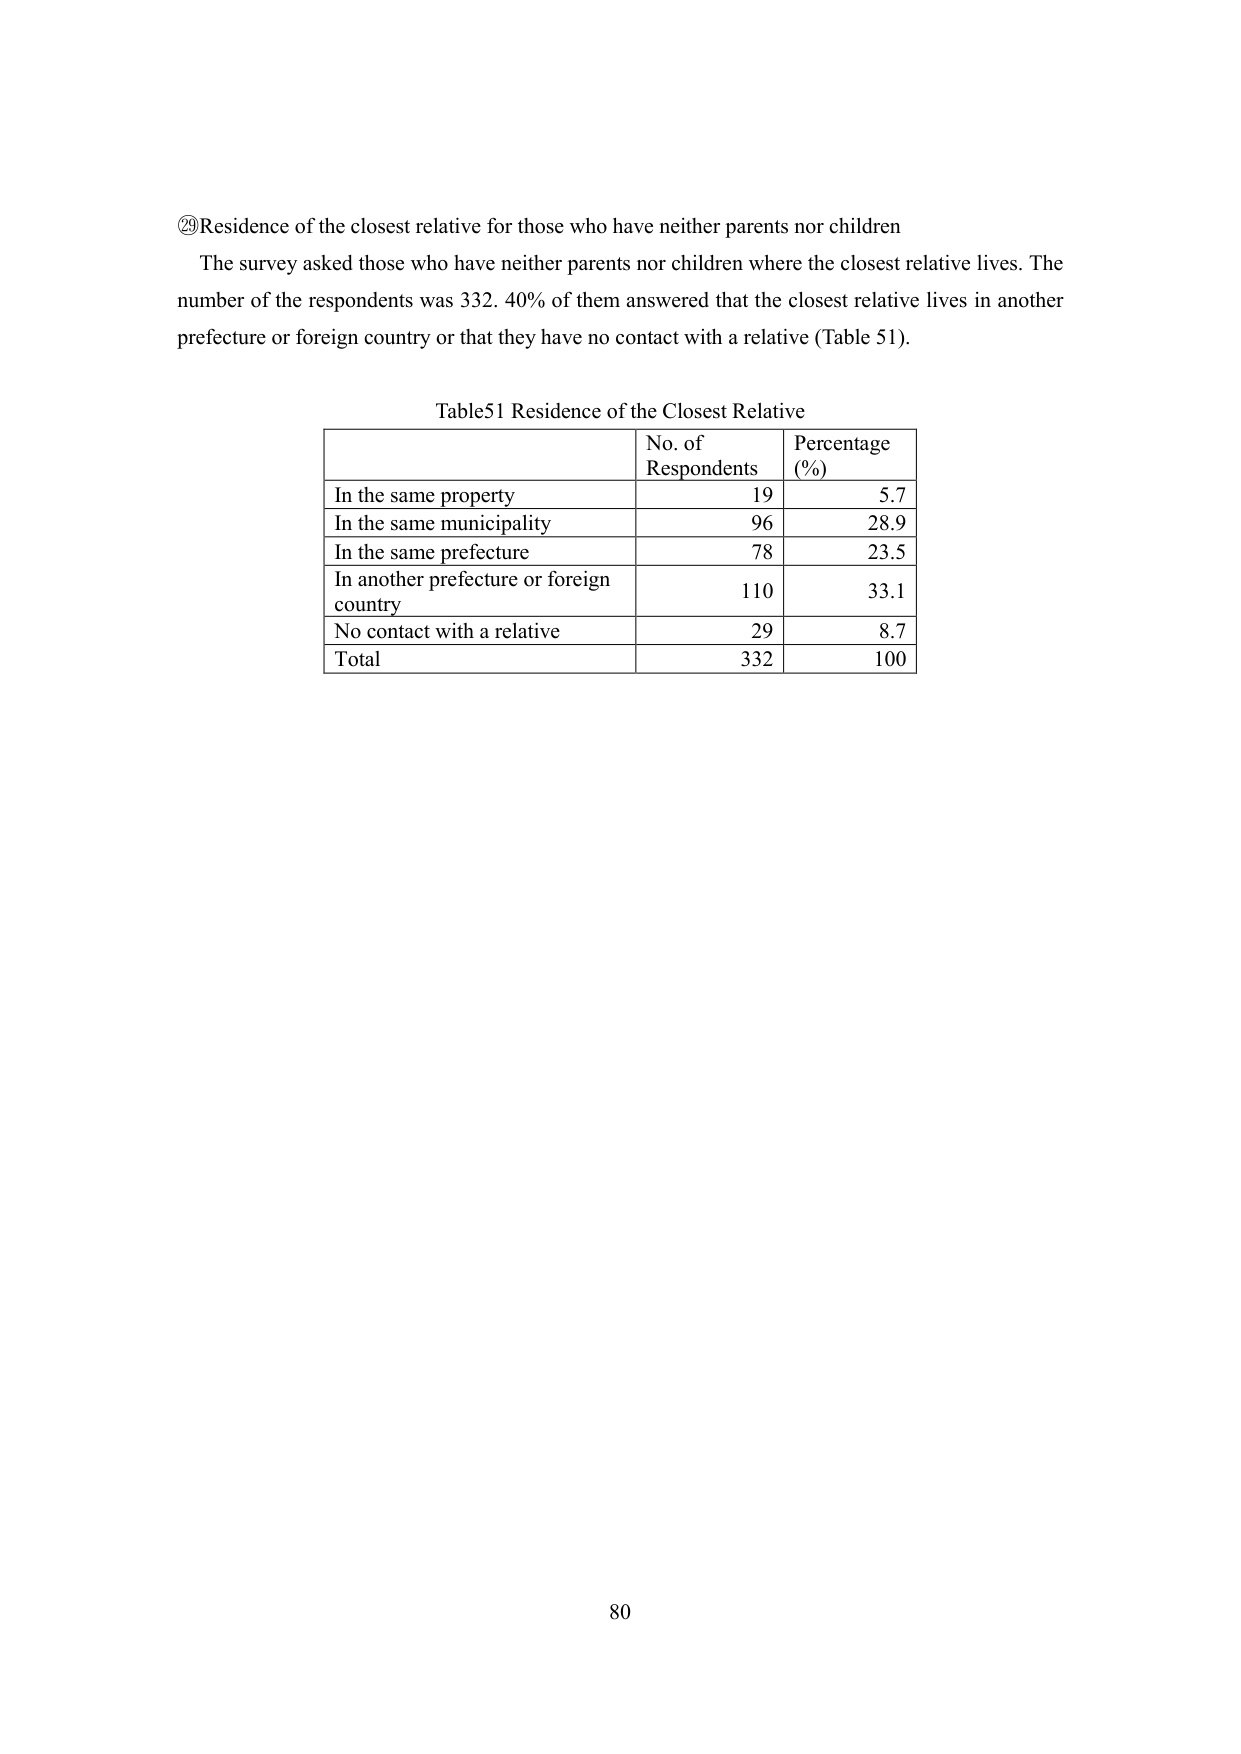
⑲ Residence of the closest relative for those who have neither parents nor children
The survey asked those who have neither parents nor children where the closest relative lives. The number of the respondents was 332. 40% of them answered that the closest relative lives in another prefecture or foreign country or that they have no contact with a relative (Table 51).

Table51 Residence of the Closest Relative
| | No. of Respondents | Percentage (%) |
|---|---|---|
| In the same property | 19 | 5.7 |
| In the same municipality | 96 | 28.9 |
| In the same prefecture | 78 | 23.5 |
| In another prefecture or foreign country | 110 | 33.1 |
| No contact with a relative | 29 | 8.7 |
| Total | 332 | 100 |

80